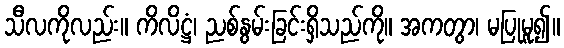
သီလကိုလည်း။ ကိလိဋ္ဌံ၊ ညစ်နွမ်းခြင်းရှိသည်ကို။ အကတွာ၊ မပြုမူ၍။